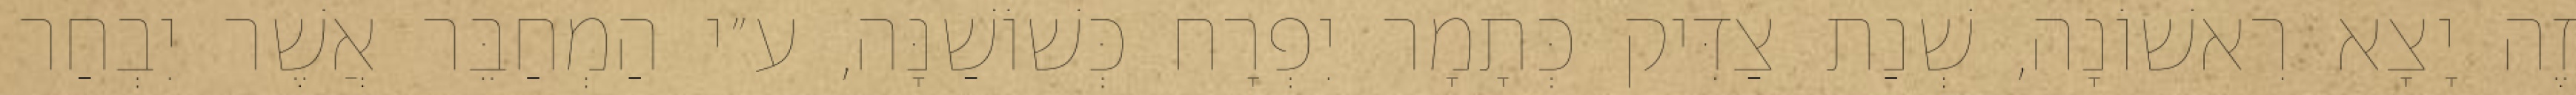
זֶה יָצָא רִאשׁוֹנָה, שְׁנַת צַדִּיק כְּתָמָר יִפְרָח כְּשׁוֹשַׁנָּה, ע״י הַמְחַבֵּר אֲשֶׁר יִבְחַר